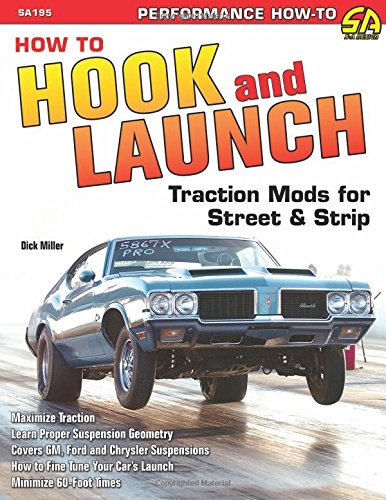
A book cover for How to Hook & Launch: Traction Mods for Street & Strip (S-A Design); Dick Miller; Engineering & Transportation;